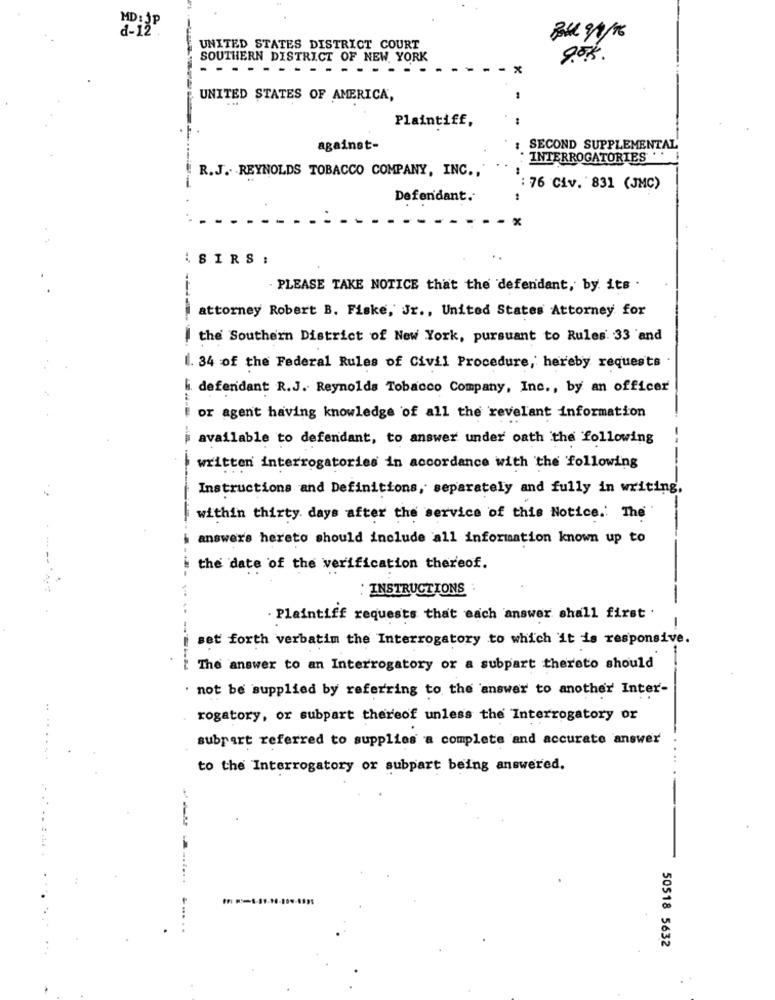
MD: JP
d-12"
UNITED STATES DISTRICT COURT
SOUTHERN DISTRICT OF NEW YORK
8.55.
-----
x
UNITED STATES OF AMERICA,
Plaintiff,
against-
SECOND SUPPLEMENTAL
INTERROGATORIES
R.J. REYNOLDS TOBACCO COMPANY, INC .,
: 76 Civ. 831 (JMC)
Defendant.
ASIRS :
PLEASE TAKE NOTICE that the defendant, by its .
attorney Robert B. Fiske, Jr ., United States Attorney for
the Southern District of New York, pursuant to Rules. 33 'and
1. 34 of the Federal Rules of Civil Procedure, hereby requests
defendant R.J. Reynolds Tobacco Company, Inc ., by an officer
or agent having knowledge of all the revelant information
available to defendant, to answer under oath the following
written interrogatories in accordance with the following
Instructions and Definitions, separately and fully in writing,
within thirty days after the service of this Notice. The
---..
answers hereto should include all information known up to
the date of the verification thereof.
: INSTRUCTIONS
· Plaintiff requests that each answer shall first .
-
set forth verbatim the Interrogatory to which it is responsive.
The answer to an Interrogatory or a subpart thereto should
· not be supplied by referring to the answer to another Inter-
rogatory, or subpart thereof unless the Interrogatory or
subpart referred to supplies a complete and accurate answer
......
to the Interrogatory or subpart being answered.
--
.......
-..
50518 5632